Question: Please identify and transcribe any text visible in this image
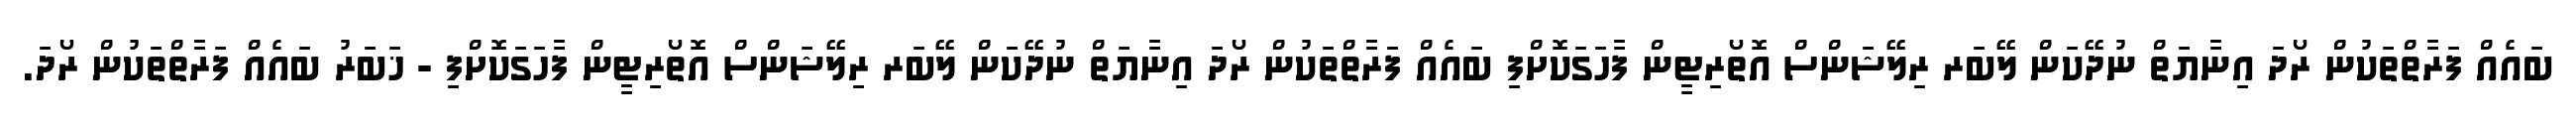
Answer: ބައެއް ފަރާތްތަކުން ރޯދަ އިނާޔަތް ނުދޭކަން ލޭބަރ ރިލޭޝަންސް އޮތޯރިޓީން ފާހަގަކޮށްފި ބައެއް ފަރާތްތަކުން ރޯދަ އިނާޔަތް ނުދޭކަން ލޭބަރ ރިލޭޝަންސް އޮތޯރިޓީން ފާހަގަކޮށްފި - ޚަބަރު ބައެއް ފަރާތްތަކުން ރޯދަ.